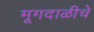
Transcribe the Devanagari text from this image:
मूगदाळीचे